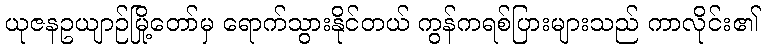
ယုဇနဥယျာဉ်မြို့တော်မှ ရောက်သွားနိုင်တယ် ကွန်ကရစ်ပြားများသည် ကာလိုင်း၏